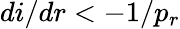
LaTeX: {di}/{dr}<-1/p_{r}